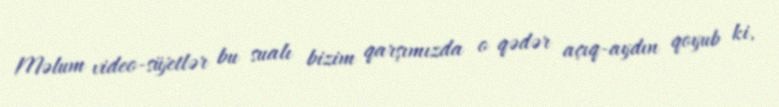
Məlum video-süjetlər bu sualı bizim qarşımızda o qədər açıq-aydın qoyub ki,